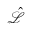
\hat { \mathcal { L } }